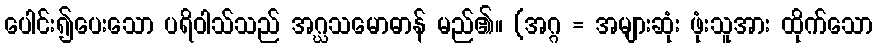
ပေါင်း၍ပေးသော ပရိဝါသ်သည် အဂ္ဃသမောဓာန် မည်၏။ (အဂ္ဂ = အများဆုံး ဖုံးသူအား ထိုက်သော